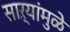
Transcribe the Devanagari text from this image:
साऱ्यांमुळे